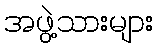
အဖွဲ့သားများ